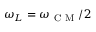
\omega _ { L } = \omega _ { \mathrm { ~ C ~ M ~ } } / 2